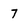
Character: 7